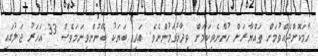
ހާމަކޮށްދެއްވުމަށް ތައްޔާރަށް ހުންނެވިކަމަށް ވިދާޅުވަމުންނެވެ. އަދި ބަޔަކު ބޭނުންވިނަމަވެސް 33 އަހަރު ޖަލުގައި